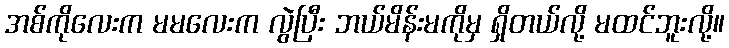
အစ်ကိုလေးက မမလေးက လွဲပြီး ဘယ်မိန်းမကိုမှ ရှိတယ်လို့ မထင်ဘူးလို့။